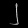
Digit: ၂